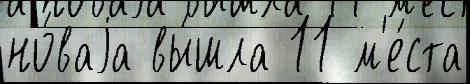
но́ваjа вы́шла 11 м'е́ста